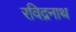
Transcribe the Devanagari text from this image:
रविद्रनाथ